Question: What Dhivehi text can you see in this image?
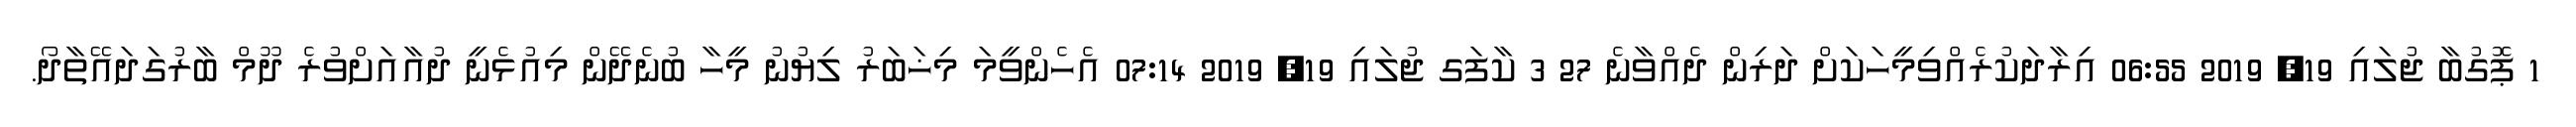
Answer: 1 ޕޮގުބާ ޖުލައި 19, 2019 06:55 އިރާދަކުރެއްވިމީހަކަށް ދަރިން ދެއްވާނެ 27 3 ކާފަގ ޖުލައި 19, 2019 07:14 އެހެންވީމަ މިޚަބަރު ލިޔުނު މީހާ ބުނެދޭން މިއުޅެނީ ދުއާއަށްވުރެ ދޫމް ބާރުގަދައޭތާދޯ.